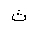
Letter: _tha